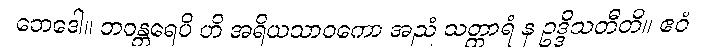
ဘေဒေါ။ ဘဝန္တရေပိ ဟိ အရိယသာဝကော အညံ သတ္ထာရံ န ဥဒ္ဒိသတီတိ။ ဧဝံ